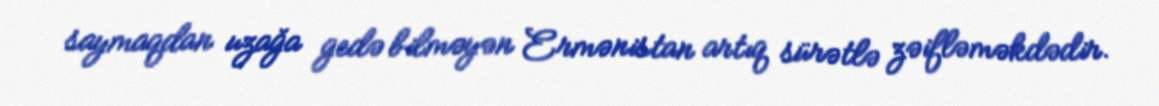
saymaqdan uzağa gedə bilməyən Ermənistan artıq sürətlə zəifləməkdədir.